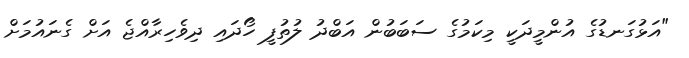
"އަޅުގަނޑުގެ އުންމީދަކީ މިކަމުގެ ސަބަބުން އަބްދު ލުތުފީ ހޯދައި ދިވެހިރާއްޖެ އަށް ގެނައުމަށް